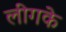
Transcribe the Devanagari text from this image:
लीगके